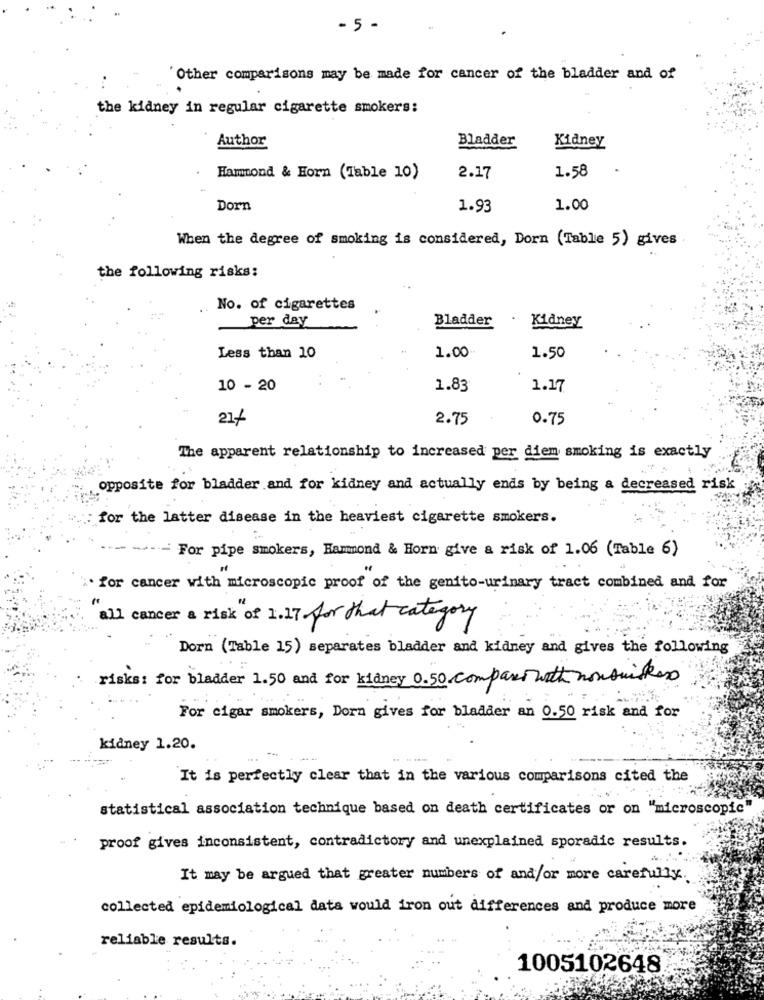
-5 -
Other comparisons may be made for cancer of the bladder and of
the kidney in regular cigarette smokers:
Bladder
Kidney
Author
Hammond & Horn (Table 10)
2.17
1.58
Dorn
1.93
1.00
When the degree of smoking is considered, Dorn (Table 5) gives
the following risks:
..
No. of cigarettes
per day
Bladder
Kidney
Less than 10
1.00
1.50
10 - 20
1.83
1.17
21/
2.75
0.75
The apparent relationship to increased per diem smoking is exactly
opposite for bladder and for kidney and actually ends by being a decreased risk
for the latter disease in the heaviest cigarette smokers.
.-- For pipe smokers, Hammond & Horn give a risk of 1.06 (Table 6)
. for cancer with microscopic proof of the genito-urinary tract combined and for
all cancer a risk of 1.17 for that category
Dorn (Table 15) separates bladder and kidney and gives the following
risks: for bladder 1.50 and for kidney 0.50 company with nonsuisker
For cigar smokers, Dorn gives for bladder an 0.50 risk and for
kidney 1.20.
It is perfectly clear that in the various comparisons cited the
statistical association technique based on death certificates or on "microscopic"
proof gives inconsistent, contradictory and unexplained sporadic results.
It may be argued that greater numbers of and/or more carefully.
collected epidemiological data would iron out differences and produce more
reliable results.
1005102648